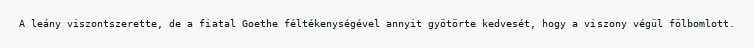
A leány viszontszerette, de a fiatal Goethe féltékenységével annyit gyötörte kedvesét, hogy a viszony végül fölbomlott.